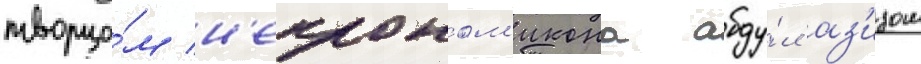
творцо́м н'екроном'икона абду́л аз'изом